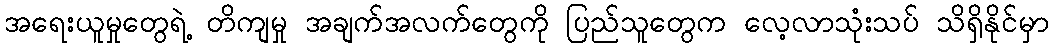
အရေးယူမှုတွေရဲ့ တိကျမှု အချက်အလက်တွေကို ပြည်သူတွေက လေ့လာသုံးသပ် သိရှိနိုင်မှာ